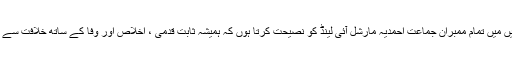
اس سلسلہ میں مَیں تمام ممبران جماعت احمدیہ مارشل آئی لینڈ کو نصیحت کرتا ہوں کہ ہمیشہ ثابت قدمی ، اخلاص اور وفا کے ساتھ خلافت سے جڑے رہیں۔